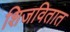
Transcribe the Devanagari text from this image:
शिजवितात